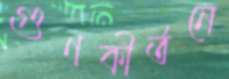
গুণকীর্তনে